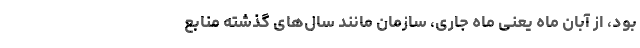
بود، از آبان ماه یعنی ماه جاری، سازمان مانند سال‌های گذشته منابع